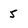
Character: 5